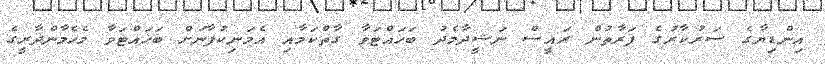
އިންޑިޔާގެ ސަރުކާރުގެ ފަރާތުން ރައީސް ނަޝީދާމެދު ބަހައްޓަވާ ގާތްކަމާއި އެމަނިކުފާނަށް ބަހައްޓަވާ މެހެމާންދާރީގެ